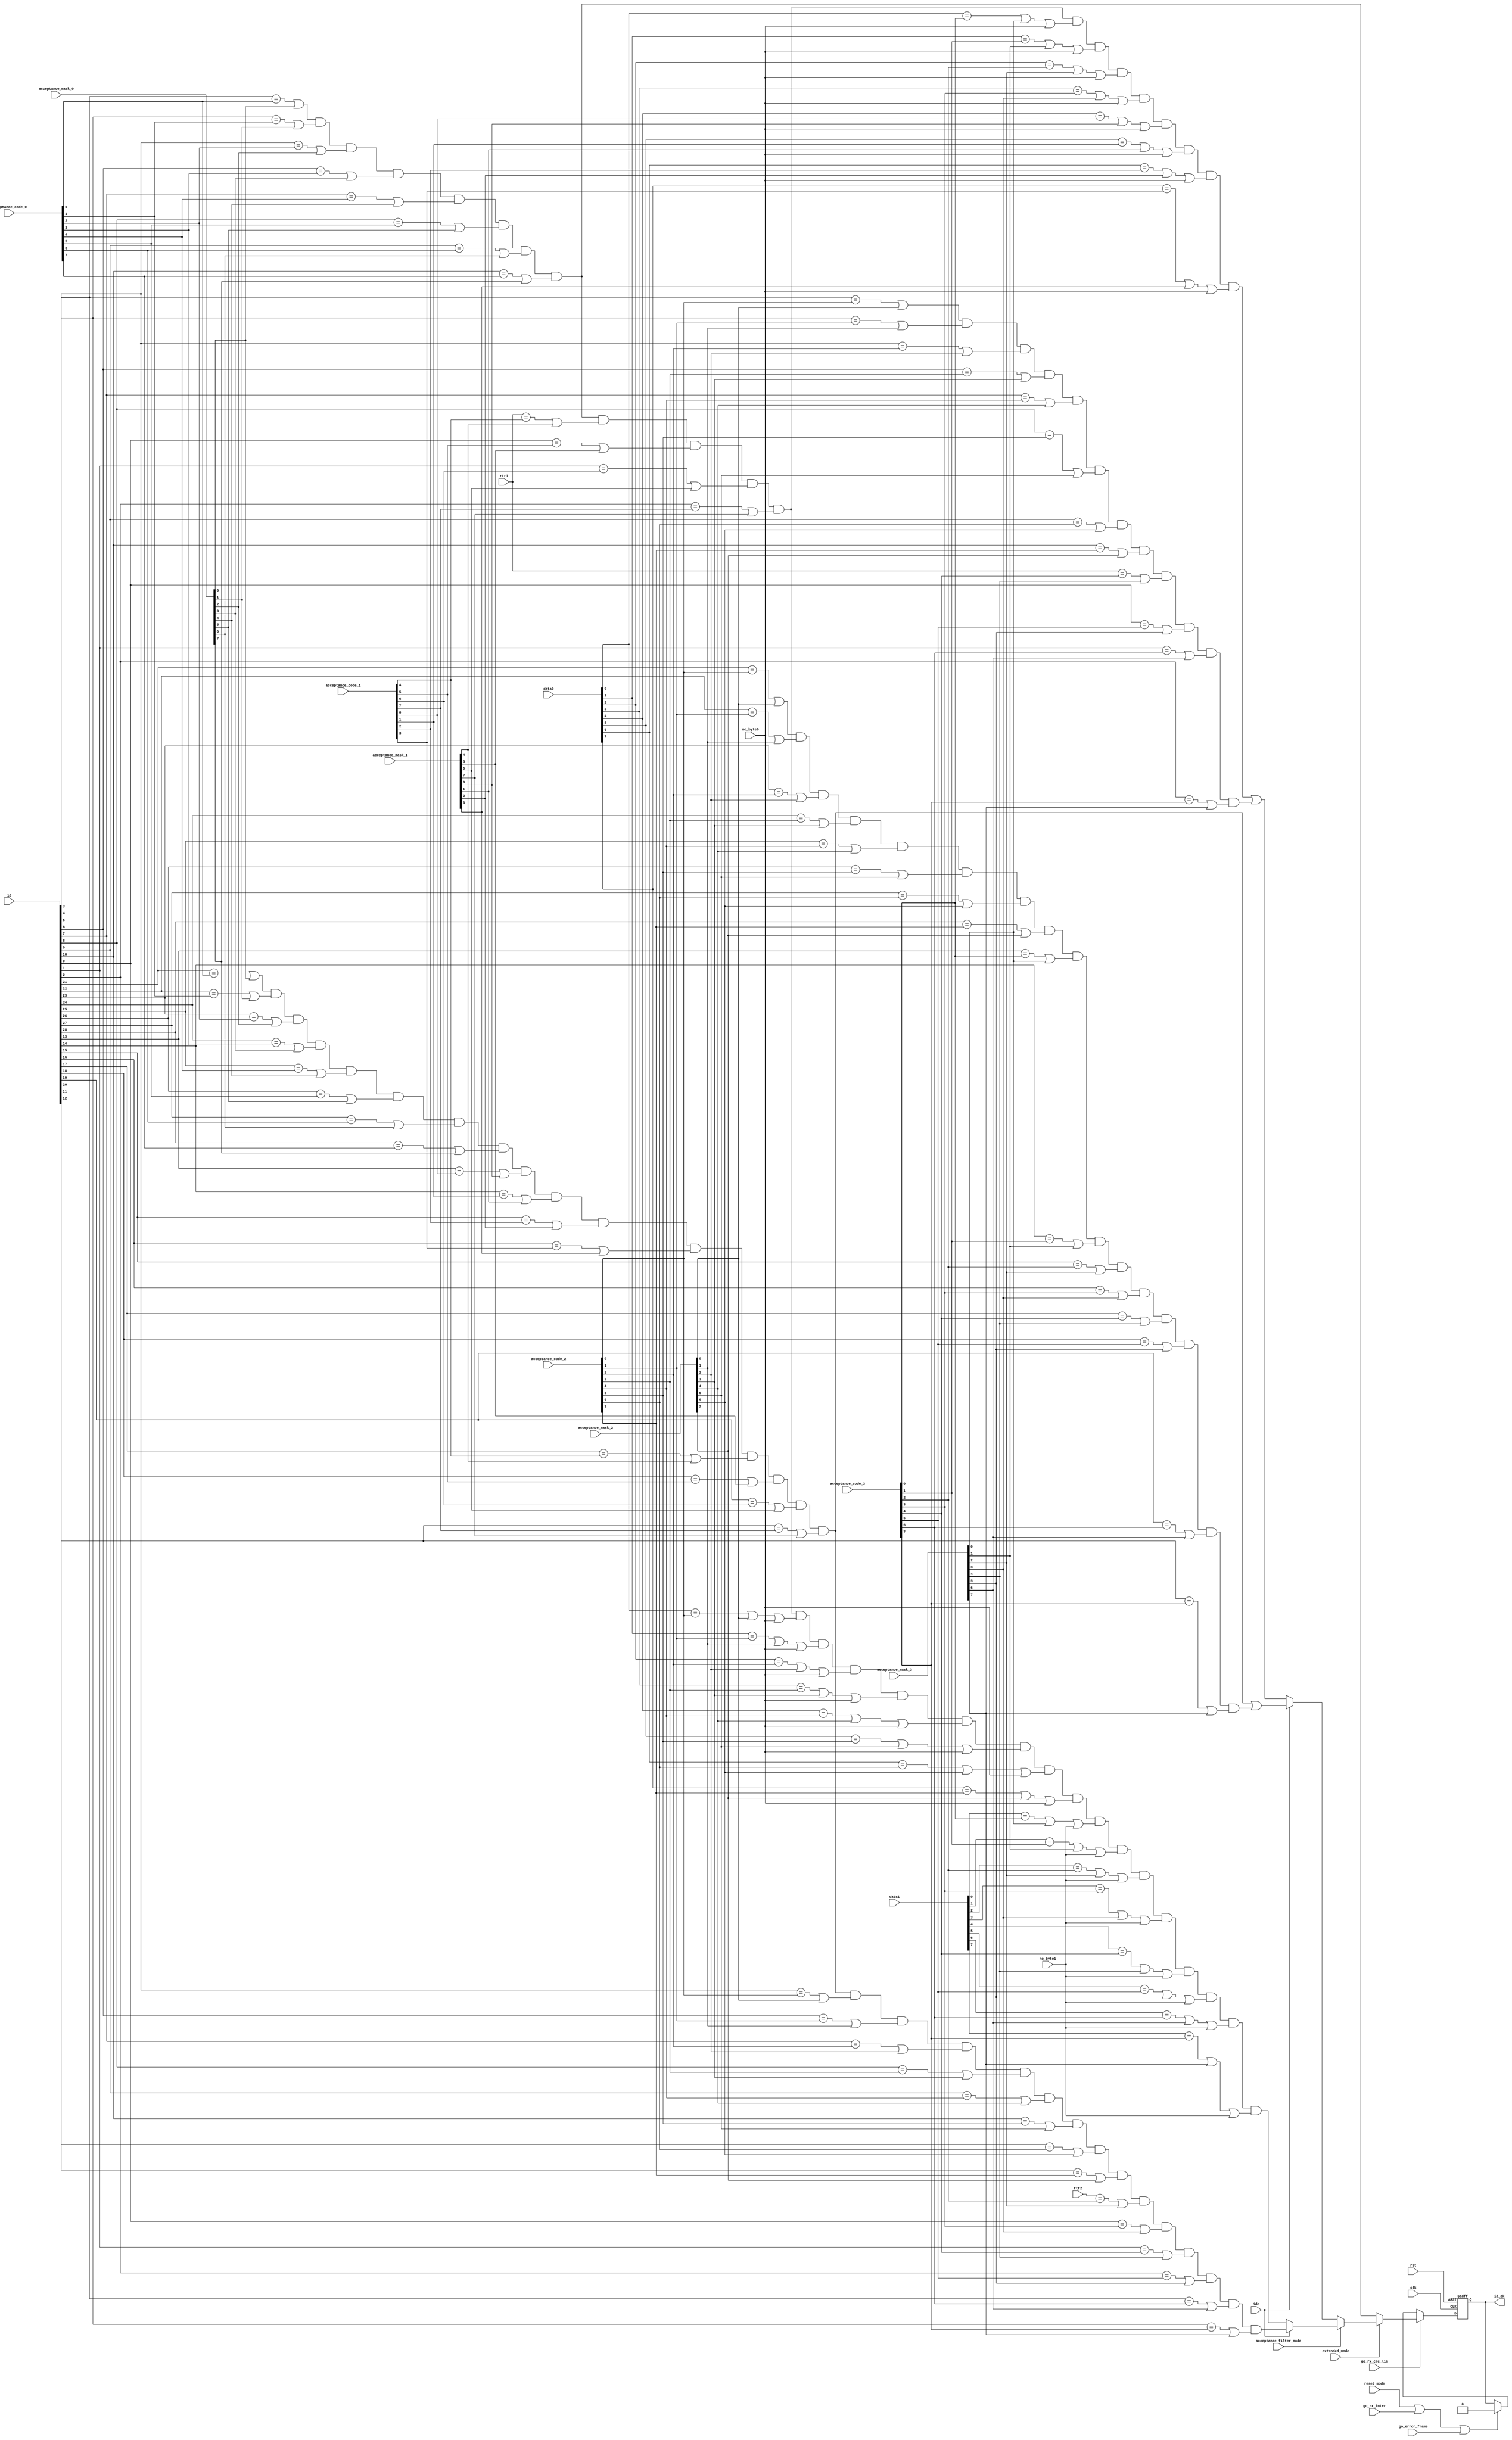
//////////////////////////////////////////////////////////////////////
////                                                              ////
////  can_acf.v                                                   ////
////                                                              ////
////                                                              ////
////  This file is part of the CAN Protocol Controller            ////
////  http://www.opencores.org/projects/can/                      ////
////                                                              ////
////                                                              ////
////  Author(s):                                                  ////
////       Igor Mohor                                             ////
////       igorm@opencores.org                                    ////
////                                                              ////
////                                                              ////
////  All additional information is available in the README.txt   ////
////  file.                                                       ////
////                                                              ////
//////////////////////////////////////////////////////////////////////
////                                                              ////
//// Copyright (C) 2002, 2003, 2004 Authors                       ////
////                                                              ////
//// This source file may be used and distributed without         ////
//// restriction provided that this copyright statement is not    ////
//// removed from the file and that any derivative work contains  ////
//// the original copyright notice and the associated disclaimer. ////
////                                                              ////
//// This source file is free software; you can redistribute it   ////
//// and/or modify it under the terms of the GNU Lesser General   ////
//// Public License as published by the Free Software Foundation; ////
//// either version 2.1 of the License, or (at your option) any   ////
//// later version.                                               ////
////                                                              ////
//// This source is distributed in the hope that it will be       ////
//// useful, but WITHOUT ANY WARRANTY; without even the implied   ////
//// warranty of MERCHANTABILITY or FITNESS FOR A PARTICULAR      ////
//// PURPOSE.  See the GNU Lesser General Public License for more ////
//// details.                                                     ////
////                                                              ////
//// You should have received a copy of the GNU Lesser General    ////
//// Public License along with this source; if not, download it   ////
//// from http://www.opencores.org/lgpl.shtml                     ////
////                                                              ////
//// The CAN protocol is developed by Robert Bosch GmbH and       ////
//// protected by patents. Anybody who wants to implement this    ////
//// CAN IP core on silicon has to obtain a CAN protocol license  ////
//// from Bosch.                                                  ////
////                                                              ////
//////////////////////////////////////////////////////////////////////
//
// CVS Revision History
//
// $Log: not supported by cvs2svn $
// Revision 1.9  2004/05/31 14:46:11  igorm
// Bit acceptance_filter_mode was inverted.
//
// Revision 1.8  2004/02/08 14:16:44  mohor
// Header changed.
//
// Revision 1.7  2003/07/16 13:41:34  mohor
// Fixed according to the linter.
//
// Revision 1.6  2003/02/10 16:02:11  mohor
// CAN is working according to the specification. WB interface and more
// registers (status, IRQ, ...) needs to be added.
//
// Revision 1.5  2003/02/09 18:40:29  mohor
// Overload fixed. Hard synchronization also enabled at the last bit of
// interframe.
//
// Revision 1.4  2003/02/09 02:24:33  mohor
// Bosch license warning added. Error counters finished. Overload frames
// still need to be fixed.
//
// Revision 1.3  2003/01/31 01:13:37  mohor
// backup.
//
// Revision 1.2  2003/01/14 12:19:35  mohor
// rx_fifo is now working.
//
// Revision 1.1  2003/01/08 02:13:15  mohor
// Acceptance filter added.
//
//
//
//

// synopsys translate_off
//////////////////////////////////////////////////////////////////////
////                                                              ////
////  timescale.v                                                 ////
////                                                              ////
////                                                              ////
////  This file is part of the CAN Protocol Controller            ////
////  http://www.opencores.org/projects/can/                      ////
////                                                              ////
////                                                              ////
////  Author(s):                                                  ////
////       Igor Mohor                                             ////
////       igorm@opencores.org                                    ////
////                                                              ////
////                                                              ////
////  All additional information is available in the README.txt   ////
////  file.                                                       ////
////                                                              ////
//////////////////////////////////////////////////////////////////////
////                                                              ////
//// Copyright (C) 2002, 2003 Authors                             ////
////                                                              ////
//// This source file may be used and distributed without         ////
//// restriction provided that this copyright statement is not    ////
//// removed from the file and that any derivative work contains  ////
//// the original copyright notice and the associated disclaimer. ////
////                                                              ////
//// This source file is free software; you can redistribute it   ////
//// and/or modify it under the terms of the GNU Lesser General   ////
//// Public License as published by the Free Software Foundation; ////
//// either version 2.1 of the License, or (at your option) any   ////
//// later version.                                               ////
////                                                              ////
//// This source is distributed in the hope that it will be       ////
//// useful, but WITHOUT ANY WARRANTY; without even the implied   ////
//// warranty of MERCHANTABILITY or FITNESS FOR A PARTICULAR      ////
//// PURPOSE.  See the GNU Lesser General Public License for more ////
//// details.                                                     ////
////                                                              ////
//// You should have received a copy of the GNU Lesser General    ////
//// Public License along with this source; if not, download it   ////
//// from http://www.opencores.org/lgpl.shtml                     ////
////                                                              ////
//// The CAN protocol is developed by Robert Bosch GmbH and       ////
//// protected by patents. Anybody who wants to implement this    ////
//// CAN IP core on silicon has to obtain a CAN protocol license  ////
//// from Bosch.                                                  ////
////                                                              ////
//////////////////////////////////////////////////////////////////////
//
// CVS Revision History
//
// $Log: not supported by cvs2svn $
// Revision 1.2  2002/12/27 00:12:48  mohor
// Header changed, testbench improved to send a frame (crc still missing).
//
// Revision 1.1.1.1  2002/12/20 16:39:21  mohor
// Initial
//
//
//


`timescale 1ns/10ps
// synopsys translate_on
//////////////////////////////////////////////////////////////////////
////                                                              ////
////  can_defines.v                                               ////
////                                                              ////
////                                                              ////
////  This file is part of the CAN Protocol Controller            ////
////  http://www.opencores.org/projects/can/                      ////
////                                                              ////
////                                                              ////
////  Author(s):                                                  ////
////       Igor Mohor                                             ////
////       igorm@opencores.org                                    ////
////                                                              ////
////                                                              ////
////  All additional information is available in the README.txt   ////
////  file.                                                       ////
////                                                              ////
//////////////////////////////////////////////////////////////////////
////                                                              ////
//// Copyright (C) 2002, 2003, 2004 Authors                       ////
////                                                              ////
//// This source file may be used and distributed without         ////
//// restriction provided that this copyright statement is not    ////
//// removed from the file and that any derivative work contains  ////
//// the original copyright notice and the associated disclaimer. ////
////                                                              ////
//// This source file is free software; you can redistribute it   ////
//// and/or modify it under the terms of the GNU Lesser General   ////
//// Public License as published by the Free Software Foundation; ////
//// either version 2.1 of the License, or (at your option) any   ////
//// later version.                                               ////
////                                                              ////
//// This source is distributed in the hope that it will be       ////
//// useful, but WITHOUT ANY WARRANTY; without even the implied   ////
//// warranty of MERCHANTABILITY or FITNESS FOR A PARTICULAR      ////
//// PURPOSE.  See the GNU Lesser General Public License for more ////
//// details.                                                     ////
////                                                              ////
//// You should have received a copy of the GNU Lesser General    ////
//// Public License along with this source; if not, download it   ////
//// from http://www.opencores.org/lgpl.shtml                     ////
////                                                              ////
//// The CAN protocol is developed by Robert Bosch GmbH and       ////
//// protected by patents. Anybody who wants to implement this    ////
//// CAN IP core on silicon has to obtain a CAN protocol license  ////
//// from Bosch.                                                  ////
////                                                              ////
//////////////////////////////////////////////////////////////////////
//
// CVS Revision History
//
// $Log: not supported by cvs2svn $
// Revision 1.13  2004/02/08 14:28:03  mohor
// Header changed.
//
// Revision 1.12  2003/10/17 05:55:20  markom
// mbist signals updated according to newest convention
//
// Revision 1.11  2003/09/05 12:46:42  mohor
// ALTERA_RAM supported.
//
// Revision 1.10  2003/08/14 16:04:52  simons
// Artisan ram instances added.
//
// Revision 1.9  2003/06/27 20:56:15  simons
// Virtual silicon ram instances added.
//
// Revision 1.8  2003/06/09 11:32:36  mohor
// Ports added for the CAN_BIST.
//
// Revision 1.7  2003/03/20 16:51:55  mohor
// *** empty log message ***
//
// Revision 1.6  2003/03/12 04:19:13  mohor
// 8051 interface added (besides WISHBONE interface). Selection is made in
// can_defines.v file.
//
// Revision 1.5  2003/03/05 15:03:20  mohor
// Xilinx RAM added.
//
// Revision 1.4  2003/03/01 22:52:47  mohor
// Actel APA ram supported.
//
// Revision 1.3  2003/02/09 02:24:33  mohor
// Bosch license warning added. Error counters finished. Overload frames
// still need to be fixed.
//
// Revision 1.2  2002/12/27 00:12:52  mohor
// Header changed, testbench improved to send a frame (crc still missing).
//
// Revision 1.1.1.1  2002/12/20 16:39:21  mohor
// Initial
//
//
//


// Uncomment following line if you want to use WISHBONE interface. Otherwise
// 8051 interface is used.
// `define   CAN_WISHBONE_IF

// Uncomment following line if you want to use CAN in Actel APA devices (embedded memory used)
// `define   ACTEL_APA_RAM

// Uncomment following line if you want to use CAN in Altera devices (embedded memory used)
// `define   ALTERA_RAM

// Uncomment following line if you want to use CAN in Xilinx devices (embedded memory used)
// `define   XILINX_RAM

// Uncomment the line for the ram used in ASIC implementation
// `define   VIRTUALSILICON_RAM
// `define   ARTISAN_RAM

// Uncomment the following line when RAM BIST is needed (ASIC implementation)
//`define CAN_BIST                    // Bist (for ASIC implementation)

/* width of MBIST control bus */
//`define CAN_MBIST_CTRL_WIDTH 3

module can_acf
( 
  clk,
  rst,

  id,
  
  /* Mode register */
  reset_mode,
  acceptance_filter_mode,

  extended_mode,
  
  acceptance_code_0,
  acceptance_code_1,
  acceptance_code_2,
  acceptance_code_3,
  acceptance_mask_0,
  acceptance_mask_1,
  acceptance_mask_2,
  acceptance_mask_3,
  
  go_rx_crc_lim,
  go_rx_inter,
  go_error_frame,
  
  data0,
  data1,
  rtr1,
  rtr2,
  ide,
  no_byte0,
  no_byte1,

  
  id_ok
  
  
);

parameter Tp = 1;

input         clk;
input         rst;
input  [28:0] id;
input         reset_mode;
input         acceptance_filter_mode;
input         extended_mode;

input   [7:0] acceptance_code_0;
input   [7:0] acceptance_code_1;
input   [7:0] acceptance_code_2;
input   [7:0] acceptance_code_3;
input   [7:0] acceptance_mask_0;
input   [7:0] acceptance_mask_1;
input   [7:0] acceptance_mask_2;
input   [7:0] acceptance_mask_3;
input         go_rx_crc_lim;
input         go_rx_inter;
input         go_error_frame;
input   [7:0] data0;
input   [7:0] data1;
input         rtr1;
input         rtr2;
input         ide;
input         no_byte0;
input         no_byte1;


output        id_ok;

reg           id_ok;

wire          match;
wire          match_sf_std;
wire          match_sf_ext;
wire          match_df_std;
wire          match_df_ext;


// Working in basic mode. ID match for standard format (11-bit ID).
assign match =        ( (id[3]  == acceptance_code_0[0] | acceptance_mask_0[0] ) &
                        (id[4]  == acceptance_code_0[1] | acceptance_mask_0[1] ) &
                        (id[5]  == acceptance_code_0[2] | acceptance_mask_0[2] ) &
                        (id[6]  == acceptance_code_0[3] | acceptance_mask_0[3] ) &
                        (id[7]  == acceptance_code_0[4] | acceptance_mask_0[4] ) &
                        (id[8]  == acceptance_code_0[5] | acceptance_mask_0[5] ) &
                        (id[9]  == acceptance_code_0[6] | acceptance_mask_0[6] ) &
                        (id[10] == acceptance_code_0[7] | acceptance_mask_0[7] )
                      );


// Working in extended mode. ID match for standard format (11-bit ID). Using single filter.
assign match_sf_std = ( (id[3]  == acceptance_code_0[0] | acceptance_mask_0[0] ) &
                        (id[4]  == acceptance_code_0[1] | acceptance_mask_0[1] ) &
                        (id[5]  == acceptance_code_0[2] | acceptance_mask_0[2] ) &
                        (id[6]  == acceptance_code_0[3] | acceptance_mask_0[3] ) &
                        (id[7]  == acceptance_code_0[4] | acceptance_mask_0[4] ) &
                        (id[8]  == acceptance_code_0[5] | acceptance_mask_0[5] ) &
                        (id[9]  == acceptance_code_0[6] | acceptance_mask_0[6] ) &
                        (id[10] == acceptance_code_0[7] | acceptance_mask_0[7] ) &

                        (rtr1   == acceptance_code_1[4] | acceptance_mask_1[4] ) &
                        (id[0]  == acceptance_code_1[5] | acceptance_mask_1[5] ) &
                        (id[1]  == acceptance_code_1[6] | acceptance_mask_1[6] ) &
                        (id[2]  == acceptance_code_1[7] | acceptance_mask_1[7] ) &

                        (data0[0]  == acceptance_code_2[0] | acceptance_mask_2[0] | no_byte0) &
                        (data0[1]  == acceptance_code_2[1] | acceptance_mask_2[1] | no_byte0) &
                        (data0[2]  == acceptance_code_2[2] | acceptance_mask_2[2] | no_byte0) &
                        (data0[3]  == acceptance_code_2[3] | acceptance_mask_2[3] | no_byte0) &
                        (data0[4]  == acceptance_code_2[4] | acceptance_mask_2[4] | no_byte0) &
                        (data0[5]  == acceptance_code_2[5] | acceptance_mask_2[5] | no_byte0) &
                        (data0[6]  == acceptance_code_2[6] | acceptance_mask_2[6] | no_byte0) &
                        (data0[7]  == acceptance_code_2[7] | acceptance_mask_2[7] | no_byte0) &

                        (data1[0]  == acceptance_code_3[0] | acceptance_mask_3[0] | no_byte1) &
                        (data1[1]  == acceptance_code_3[1] | acceptance_mask_3[1] | no_byte1) &
                        (data1[2]  == acceptance_code_3[2] | acceptance_mask_3[2] | no_byte1) &
                        (data1[3]  == acceptance_code_3[3] | acceptance_mask_3[3] | no_byte1) &
                        (data1[4]  == acceptance_code_3[4] | acceptance_mask_3[4] | no_byte1) &
                        (data1[5]  == acceptance_code_3[5] | acceptance_mask_3[5] | no_byte1) &
                        (data1[6]  == acceptance_code_3[6] | acceptance_mask_3[6] | no_byte1) &
                        (data1[7]  == acceptance_code_3[7] | acceptance_mask_3[7] | no_byte1)
                      );



// Working in extended mode. ID match for extended format (29-bit ID). Using single filter.
assign match_sf_ext = ( (id[21]  == acceptance_code_0[0] | acceptance_mask_0[0] ) &
                        (id[22]  == acceptance_code_0[1] | acceptance_mask_0[1] ) &
                        (id[23]  == acceptance_code_0[2] | acceptance_mask_0[2] ) &
                        (id[24]  == acceptance_code_0[3] | acceptance_mask_0[3] ) &
                        (id[25]  == acceptance_code_0[4] | acceptance_mask_0[4] ) &
                        (id[26]  == acceptance_code_0[5] | acceptance_mask_0[5] ) &
                        (id[27]  == acceptance_code_0[6] | acceptance_mask_0[6] ) &
                        (id[28]  == acceptance_code_0[7] | acceptance_mask_0[7] ) &

                        (id[13]  == acceptance_code_1[0] | acceptance_mask_1[0] ) &
                        (id[14]  == acceptance_code_1[1] | acceptance_mask_1[1] ) &
                        (id[15]  == acceptance_code_1[2] | acceptance_mask_1[2] ) &
                        (id[16]  == acceptance_code_1[3] | acceptance_mask_1[3] ) &
                        (id[17]  == acceptance_code_1[4] | acceptance_mask_1[4] ) &
                        (id[18]  == acceptance_code_1[5] | acceptance_mask_1[5] ) &
                        (id[19]  == acceptance_code_1[6] | acceptance_mask_1[6] ) &
                        (id[20]  == acceptance_code_1[7] | acceptance_mask_1[7] ) &

                        (id[5]  == acceptance_code_2[0] | acceptance_mask_2[0] ) &
                        (id[6]  == acceptance_code_2[1] | acceptance_mask_2[1] ) &
                        (id[7]  == acceptance_code_2[2] | acceptance_mask_2[2] ) &
                        (id[8]  == acceptance_code_2[3] | acceptance_mask_2[3] ) &
                        (id[9]  == acceptance_code_2[4] | acceptance_mask_2[4] ) &
                        (id[10] == acceptance_code_2[5] | acceptance_mask_2[5] ) &
                        (id[11] == acceptance_code_2[6] | acceptance_mask_2[6] ) &
                        (id[12] == acceptance_code_2[7] | acceptance_mask_2[7] ) &

                        (rtr2   == acceptance_code_3[2] | acceptance_mask_3[2] ) &
                        (id[0]  == acceptance_code_3[3] | acceptance_mask_3[3] ) &
                        (id[1]  == acceptance_code_3[4] | acceptance_mask_3[4] ) &
                        (id[2]  == acceptance_code_3[5] | acceptance_mask_3[5] ) &
                        (id[3]  == acceptance_code_3[6] | acceptance_mask_3[6] ) &
                        (id[4]  == acceptance_code_3[7] | acceptance_mask_3[7] )

                      );


// Working in extended mode. ID match for standard format (11-bit ID). Using double filter.
assign match_df_std = (((id[3]  == acceptance_code_0[0] | acceptance_mask_0[0] ) &
                        (id[4]  == acceptance_code_0[1] | acceptance_mask_0[1] ) &
                        (id[5]  == acceptance_code_0[2] | acceptance_mask_0[2] ) &
                        (id[6]  == acceptance_code_0[3] | acceptance_mask_0[3] ) &
                        (id[7]  == acceptance_code_0[4] | acceptance_mask_0[4] ) &
                        (id[8]  == acceptance_code_0[5] | acceptance_mask_0[5] ) &
                        (id[9]  == acceptance_code_0[6] | acceptance_mask_0[6] ) &
                        (id[10] == acceptance_code_0[7] | acceptance_mask_0[7] ) &

                        (rtr1   == acceptance_code_1[4] | acceptance_mask_1[4] ) &
                        (id[0]  == acceptance_code_1[5] | acceptance_mask_1[5] ) &
                        (id[1]  == acceptance_code_1[6] | acceptance_mask_1[6] ) &
                        (id[2]  == acceptance_code_1[7] | acceptance_mask_1[7] ) &

                        (data0[0] == acceptance_code_3[0] | acceptance_mask_3[0] | no_byte0) &
                        (data0[1] == acceptance_code_3[1] | acceptance_mask_3[1] | no_byte0) &
                        (data0[2] == acceptance_code_3[2] | acceptance_mask_3[2] | no_byte0) &
                        (data0[3] == acceptance_code_3[3] | acceptance_mask_3[3] | no_byte0) &
                        (data0[4] == acceptance_code_1[0] | acceptance_mask_1[0] | no_byte0) &
                        (data0[5] == acceptance_code_1[1] | acceptance_mask_1[1] | no_byte0) &
                        (data0[6] == acceptance_code_1[2] | acceptance_mask_1[2] | no_byte0) &
                        (data0[7] == acceptance_code_1[3] | acceptance_mask_1[3] | no_byte0) )
                        
                       |

                       ((id[3]  == acceptance_code_2[0] | acceptance_mask_2[0] ) &
                        (id[4]  == acceptance_code_2[1] | acceptance_mask_2[1] ) &
                        (id[5]  == acceptance_code_2[2] | acceptance_mask_2[2] ) &
                        (id[6]  == acceptance_code_2[3] | acceptance_mask_2[3] ) &
                        (id[7]  == acceptance_code_2[4] | acceptance_mask_2[4] ) &
                        (id[8]  == acceptance_code_2[5] | acceptance_mask_2[5] ) &
                        (id[9]  == acceptance_code_2[6] | acceptance_mask_2[6] ) &
                        (id[10] == acceptance_code_2[7] | acceptance_mask_2[7] ) &

                        (rtr1   == acceptance_code_3[4] | acceptance_mask_3[4] ) &
                        (id[0]  == acceptance_code_3[5] | acceptance_mask_3[5] ) &
                        (id[1]  == acceptance_code_3[6] | acceptance_mask_3[6] ) &
                        (id[2]  == acceptance_code_3[7] | acceptance_mask_3[7] ) )

                      );


// Working in extended mode. ID match for extended format (29-bit ID). Using double filter.
assign match_df_ext = (((id[21]  == acceptance_code_0[0] | acceptance_mask_0[0] ) &
                        (id[22]  == acceptance_code_0[1] | acceptance_mask_0[1] ) &
                        (id[23]  == acceptance_code_0[2] | acceptance_mask_0[2] ) &
                        (id[24]  == acceptance_code_0[3] | acceptance_mask_0[3] ) &
                        (id[25]  == acceptance_code_0[4] | acceptance_mask_0[4] ) &
                        (id[26]  == acceptance_code_0[5] | acceptance_mask_0[5] ) &
                        (id[27]  == acceptance_code_0[6] | acceptance_mask_0[6] ) &
                        (id[28]  == acceptance_code_0[7] | acceptance_mask_0[7] ) &

                        (id[13]  == acceptance_code_1[0] | acceptance_mask_1[0] ) &
                        (id[14]  == acceptance_code_1[1] | acceptance_mask_1[1] ) &
                        (id[15]  == acceptance_code_1[2] | acceptance_mask_1[2] ) &
                        (id[16]  == acceptance_code_1[3] | acceptance_mask_1[3] ) &
                        (id[17]  == acceptance_code_1[4] | acceptance_mask_1[4] ) &
                        (id[18]  == acceptance_code_1[5] | acceptance_mask_1[5] ) &
                        (id[19]  == acceptance_code_1[6] | acceptance_mask_1[6] ) &
                        (id[20]  == acceptance_code_1[7] | acceptance_mask_1[7] ) )
                        
                       |
                        
                       ((id[21]  == acceptance_code_2[0] | acceptance_mask_2[0] ) &
                        (id[22]  == acceptance_code_2[1] | acceptance_mask_2[1] ) &
                        (id[23]  == acceptance_code_2[2] | acceptance_mask_2[2] ) &
                        (id[24]  == acceptance_code_2[3] | acceptance_mask_2[3] ) &
                        (id[25]  == acceptance_code_2[4] | acceptance_mask_2[4] ) &
                        (id[26]  == acceptance_code_2[5] | acceptance_mask_2[5] ) &
                        (id[27]  == acceptance_code_2[6] | acceptance_mask_2[6] ) &
                        (id[28]  == acceptance_code_2[7] | acceptance_mask_2[7] ) &

                        (id[13]  == acceptance_code_3[0] | acceptance_mask_3[0] ) &
                        (id[14]  == acceptance_code_3[1] | acceptance_mask_3[1] ) &
                        (id[15]  == acceptance_code_3[2] | acceptance_mask_3[2] ) &
                        (id[16]  == acceptance_code_3[3] | acceptance_mask_3[3] ) &
                        (id[17]  == acceptance_code_3[4] | acceptance_mask_3[4] ) &
                        (id[18]  == acceptance_code_3[5] | acceptance_mask_3[5] ) &
                        (id[19]  == acceptance_code_3[6] | acceptance_mask_3[6] ) &
                        (id[20]  == acceptance_code_3[7] | acceptance_mask_3[7] ) )
                      );



// ID ok signal generation
always @ (posedge clk or posedge rst)
begin
  if (rst)
    id_ok <= 1'b0;
  else if (go_rx_crc_lim)                   // sample_point is already included in go_rx_crc_lim
    begin
      if (extended_mode)
        begin
          if (~acceptance_filter_mode)      // dual filter
            begin
              if (ide)                      // extended frame message
                id_ok <=#Tp match_df_ext;
              else                          // standard frame message
                id_ok <=#Tp match_df_std;
            end           
          else                              // single filter
            begin
              if (ide)                      // extended frame message
                id_ok <=#Tp match_sf_ext;
              else                          // standard frame message
                id_ok <=#Tp match_sf_std;
            end
        end
      else      
        id_ok <=#Tp match;
    end
  else if (reset_mode | go_rx_inter | go_error_frame)        // sample_point is already included in go_rx_inter
    id_ok <=#Tp 1'b0;
end









endmodule